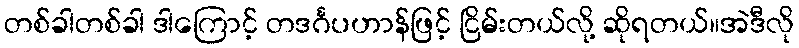
တစ်ခါတစ်ခါ ဒါကြောင့် တဒင်္ဂပဟာန်ဖြင့် ငြိမ်းတယ်လို့ ဆိုရတယ်။အဲဒီလို